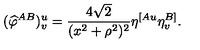
( { \widehat \varphi } ^ { A B } ) _ { v } ^ { u } = { \frac { 4 \sqrt { 2 } } { ( x ^ { 2 } + \rho ^ { 2 } ) ^ { 2 } } } \eta ^ { [ A u } \eta _ { v } ^ { B ] } .